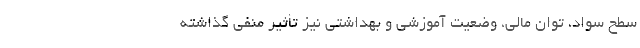
سطح سواد، توان مالی، وضعیت آموزشی و بهداشتی نیز تأثیر منفی گذاشته